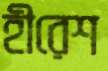
হীরেশ